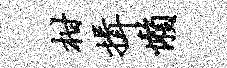
柑揖懒